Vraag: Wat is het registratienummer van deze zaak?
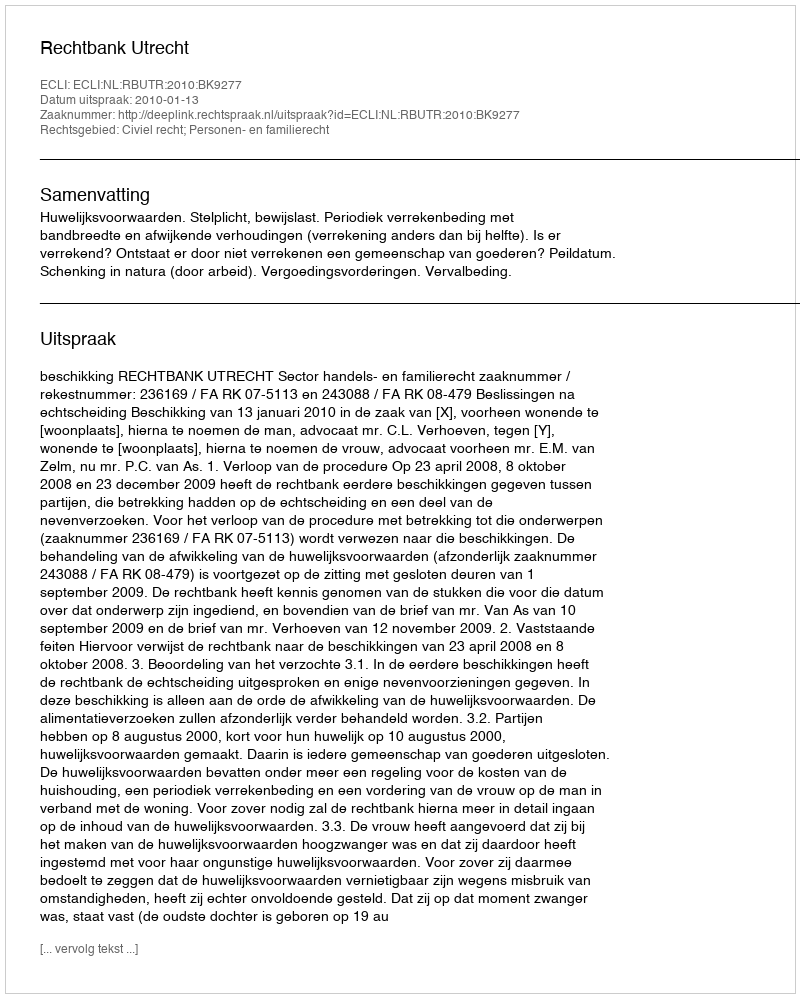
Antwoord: http://deeplink.rechtspraak.nl/uitspraak?id=ECLI:NL:RBUTR:2010:BK9277